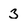
Character: 3